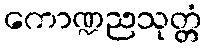
ကောဏ္ဍညသုတ္တံ